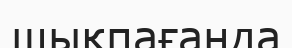
шықпағанда